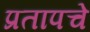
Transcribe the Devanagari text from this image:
प्रतापचे